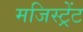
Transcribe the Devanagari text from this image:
मजिस्ट्रेंट